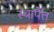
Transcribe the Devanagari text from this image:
स्थापैत